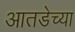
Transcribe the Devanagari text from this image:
आतडेच्या